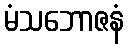
မံသဘောဇနံ